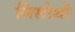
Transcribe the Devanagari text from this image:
सिसोथो